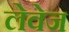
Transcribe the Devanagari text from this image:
लेवेज